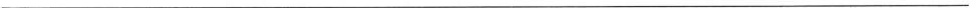
___